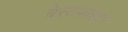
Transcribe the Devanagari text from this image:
बेस्टफाइटर